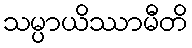
သမ္ပာယိဿာမီတိ